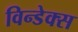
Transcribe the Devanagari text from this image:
विन्डेक्स